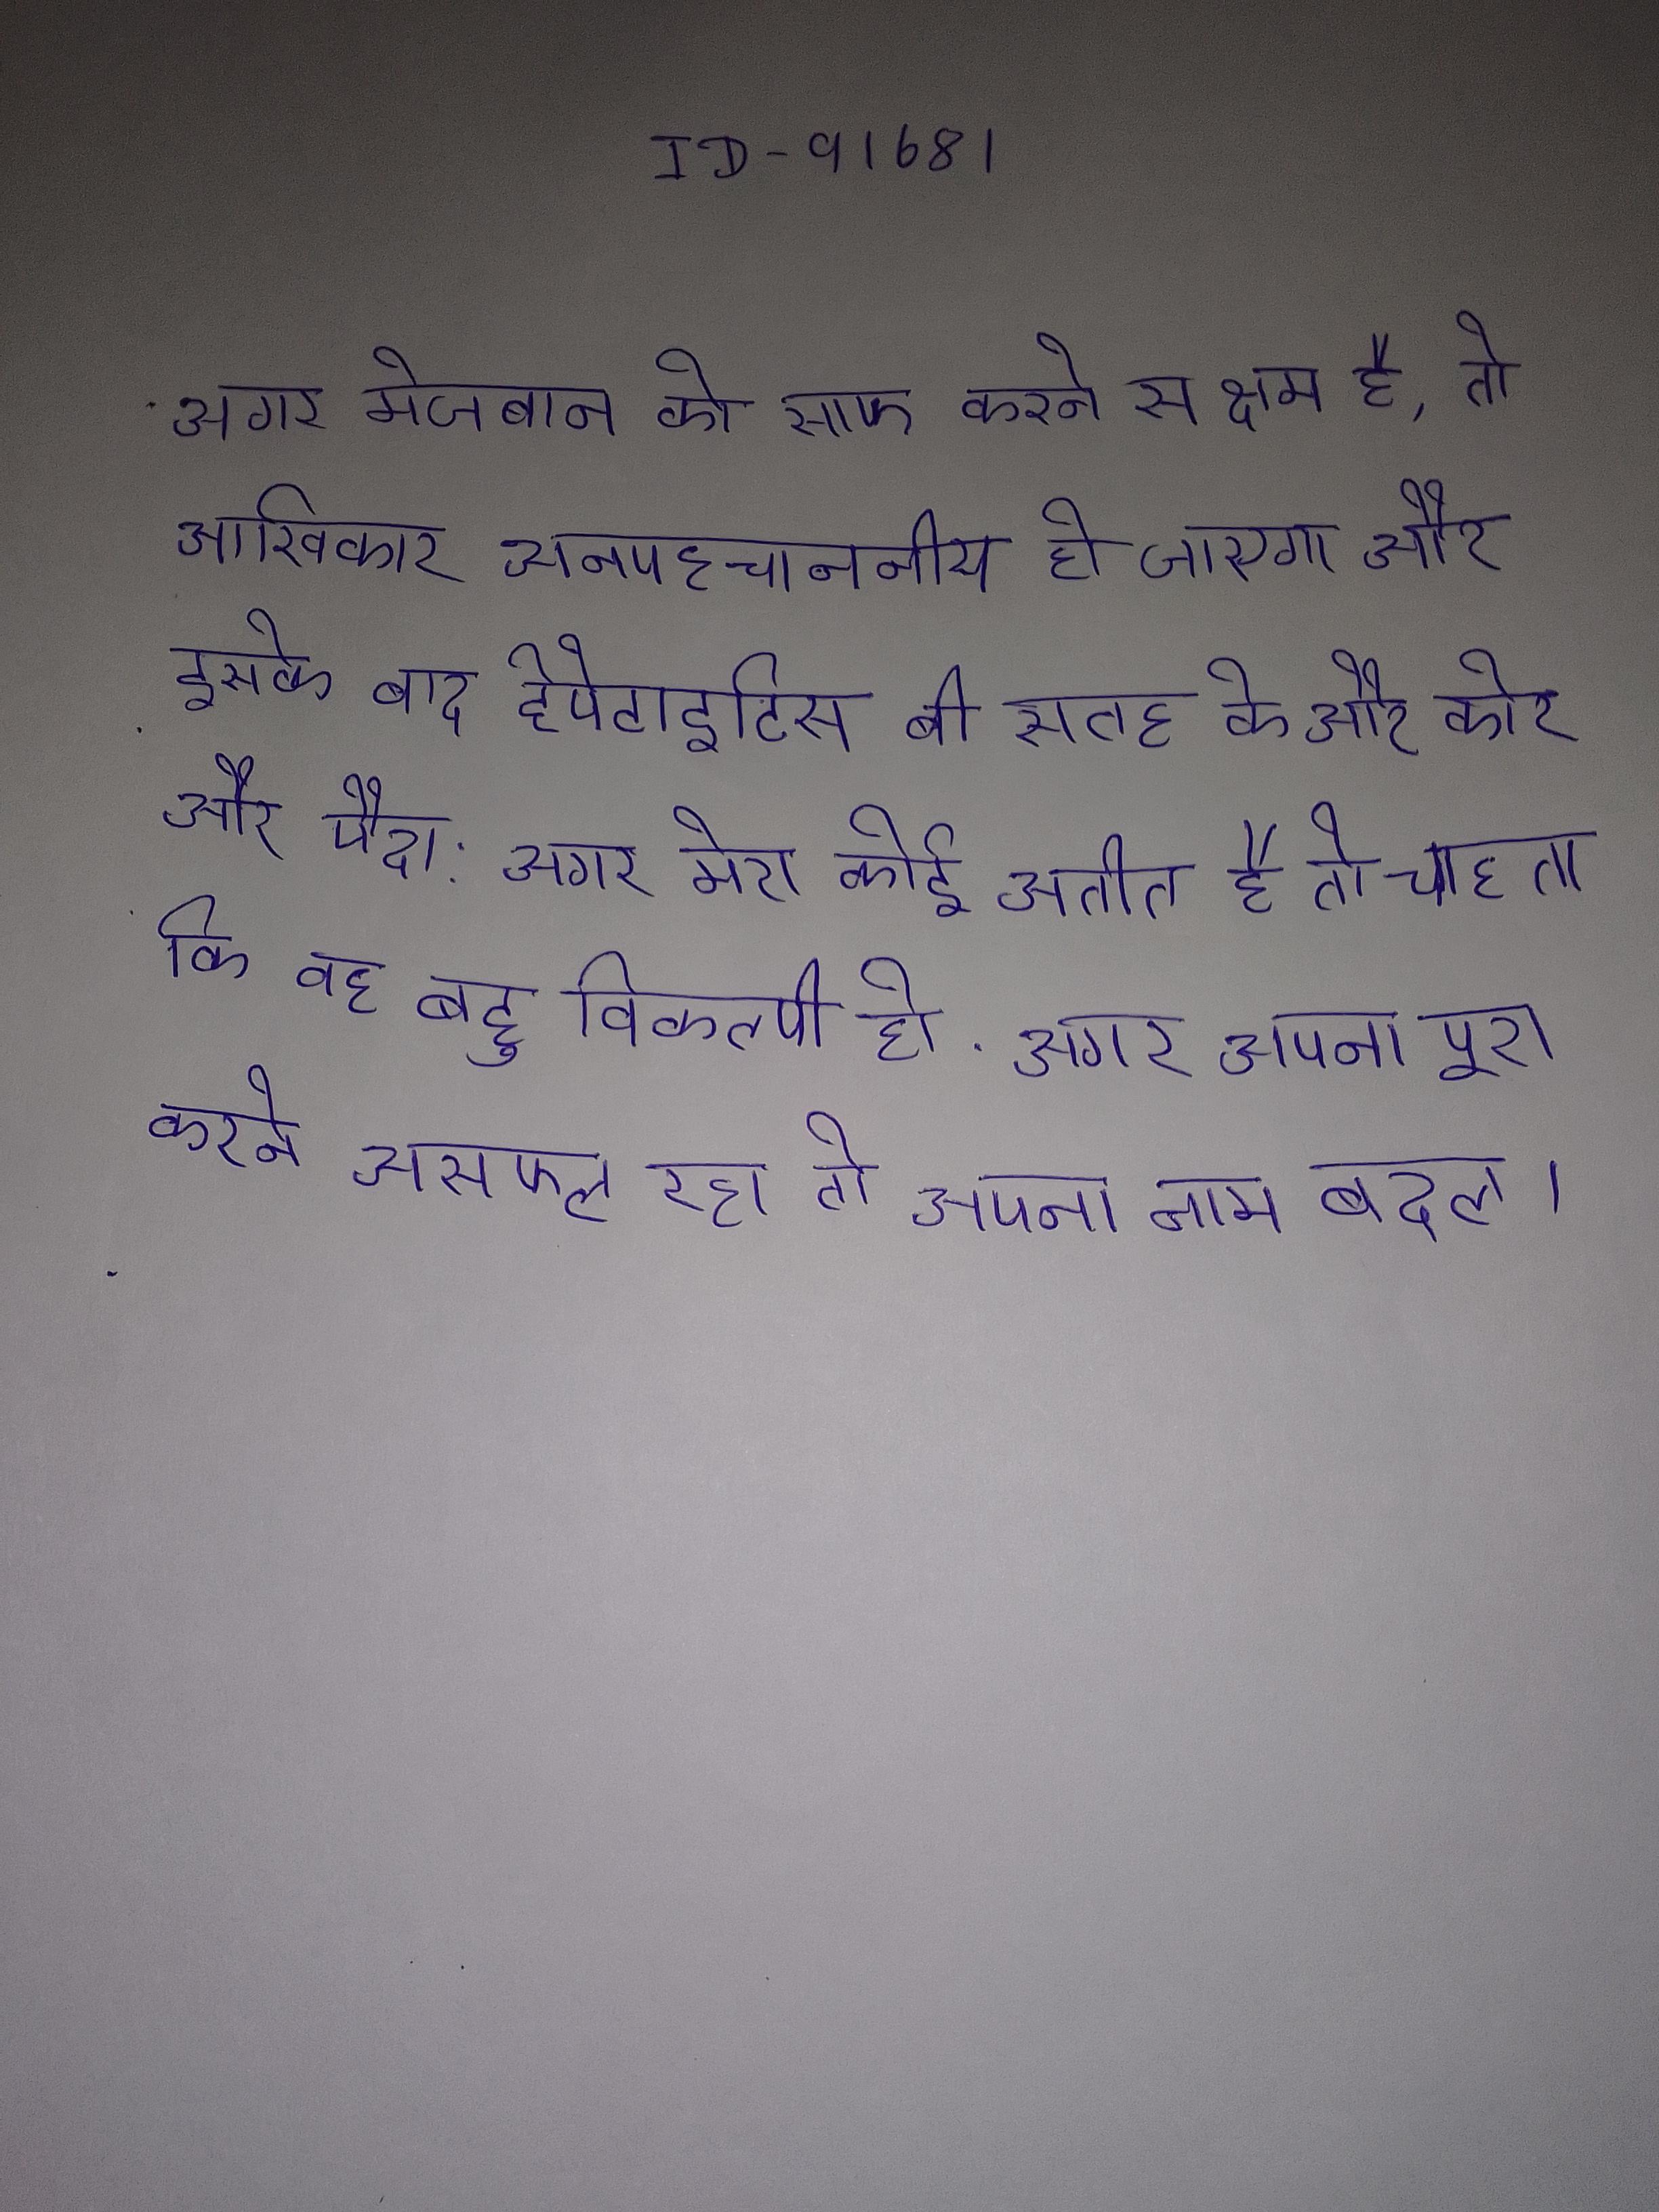
अगर मेजबान को साफ करने सक्षम है, तो आखिरकार अनपहचाननीय हो जाएगा और इसके बाद हेपेटाइटिस बी सतह के और कोर और पैदा . अगर मेरा कोई अतीत है तो, चाहता कि वह बहु विकल्पी हो . अगर अपना पूरा करने असफल रहा तो अपना नाम बदल ।